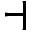
\dashv